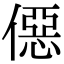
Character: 僫